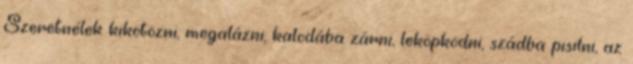
Szeretnélek kikötözni, megalázni, kalodába zárni, leköpködni, szádba pisilni, az